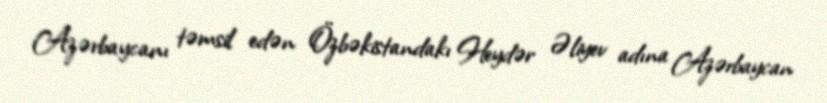
Azərbaycanı təmsil edən Özbəkistandakı Heydər Əliyev adına Azərbaycan